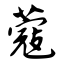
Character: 蔻